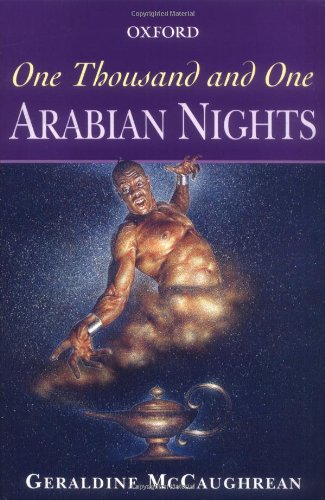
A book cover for One Thousand and One Arabian Nights (Oxford Story Collections); Geraldine McCaughrean; Children's Books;